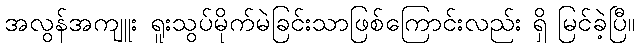
အလွန်အကျူး ရူးသွပ်မိုက်မဲခြင်းသာဖြစ်ကြောင်းလည်း ရှိ မြင်ခဲ့ပြီ။